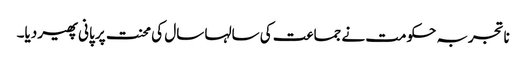
ناتجربہ حکومت نے جماعت کی سالہا سال کی محنت پر پانی پھیر دیا۔